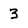
Character: 3